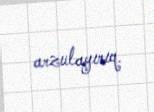
arzulayırıq.